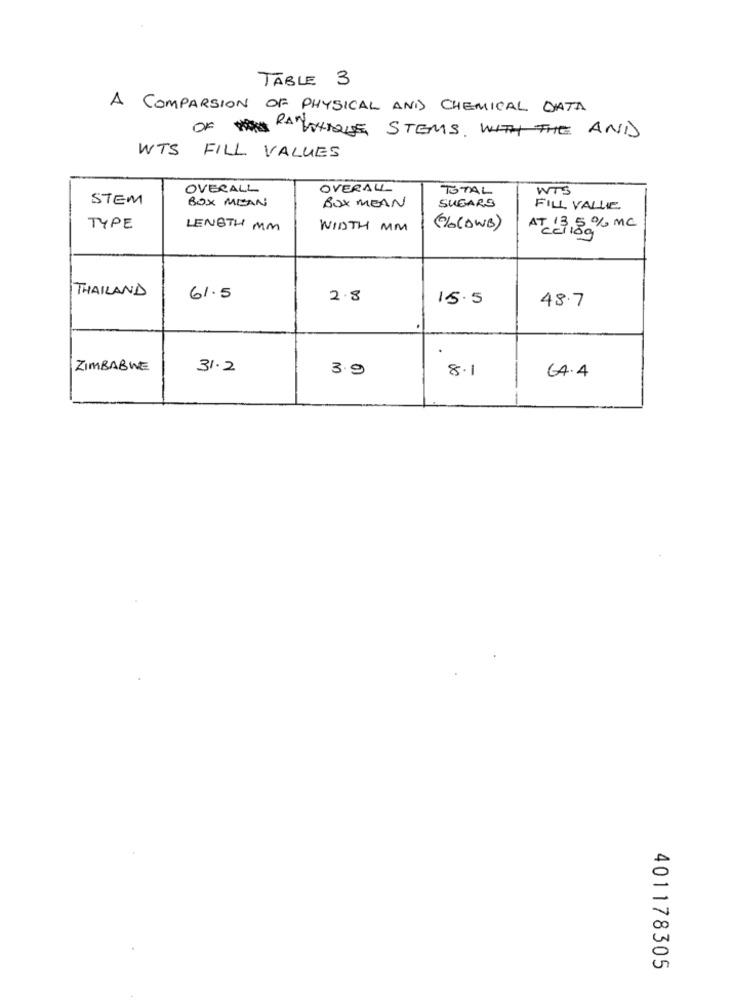
TABLE 3
A COMPARSION OF PHYSICAL AND CHEMICAL DATA
OF RAWHIQUE STEMS. WITH THE AND
WTS FILL VALUES
OVERALL
OVERALL
TOTAL
WTS
STEM
BOX MEAN
SUGARS
BOX MEAN
FILL VALLE
TYPE
LENGTH MM
WIDTH MM
((OWB)
,5 % MC
AT-189
THAILAND
61.5
2.8
15.5
48.7
ZIMBABWE
31.2
3.9
8.1
CA.4
401178305